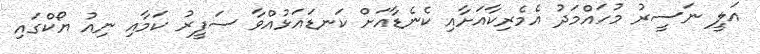
އަލީ ނަސީރު މުހައްމަދު އެމެރިކާއަށާއި ކެނެޑާއަށް ކަނޑައަޅުއްވާ ސަފީރު ކަމާއި ނިއު ޔޯކްގައި